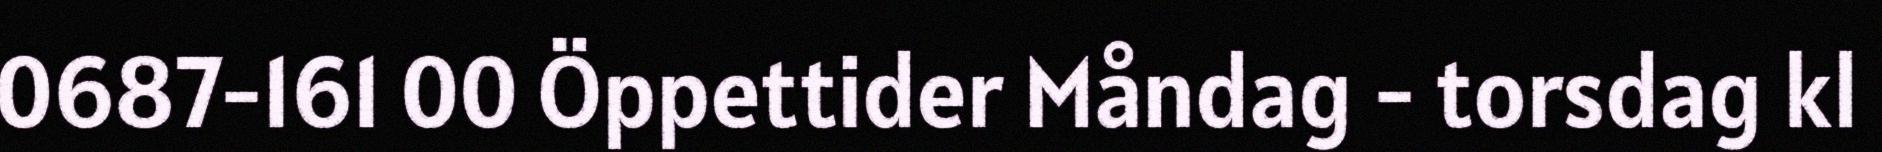
0687-161 00 Öppettider Måndag - torsdag kl